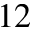
1 2